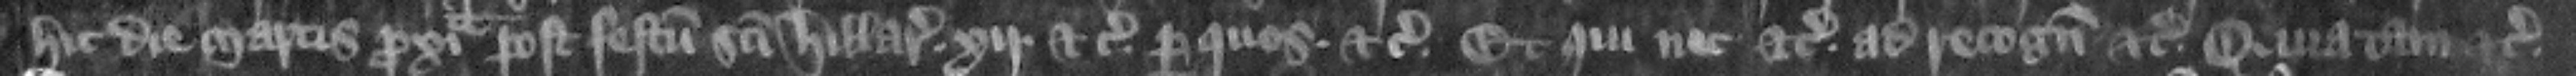
hic die Martis proxima post festum Sancti Hillarii. xij. etc. per quos etc. et qui nec etc. ad recognoscendum etc. quia tam etc.